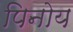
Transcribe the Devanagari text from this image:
पिनोय